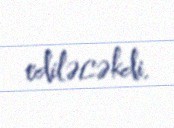
ediləcəkdi.